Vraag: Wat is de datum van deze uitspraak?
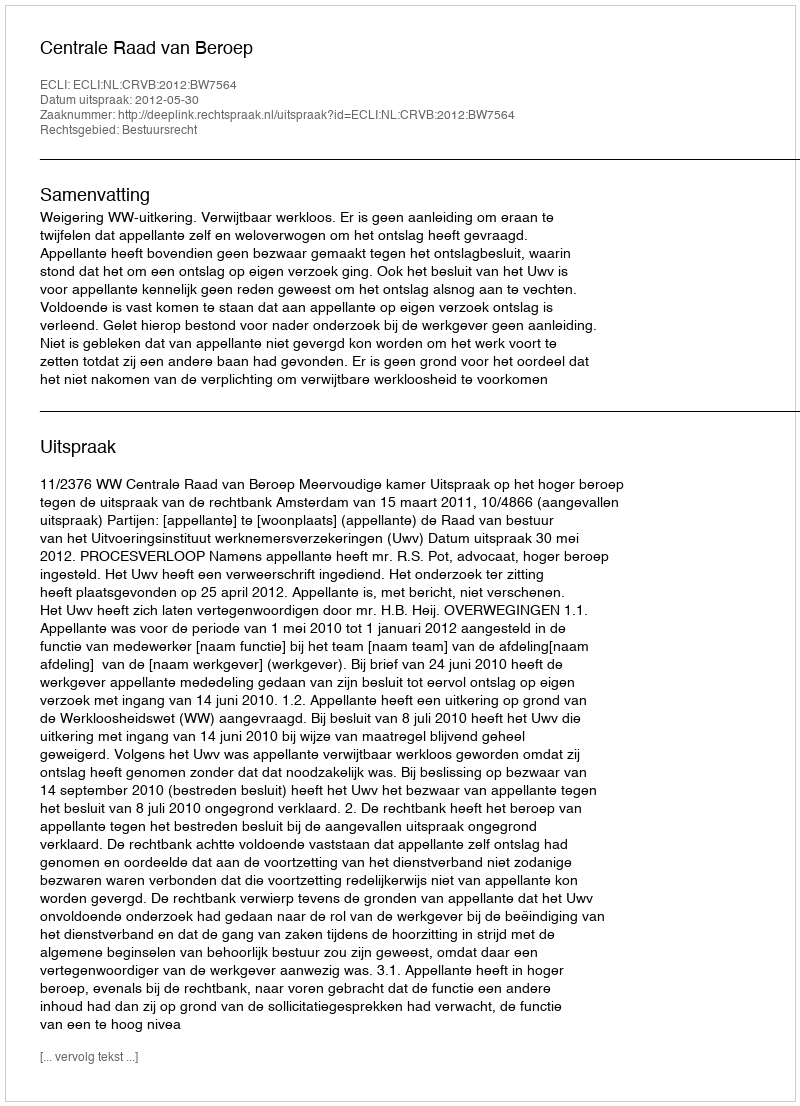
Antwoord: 2012-05-30